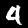
Digit: 4